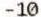
-10